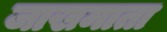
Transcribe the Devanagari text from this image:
जाखमाता